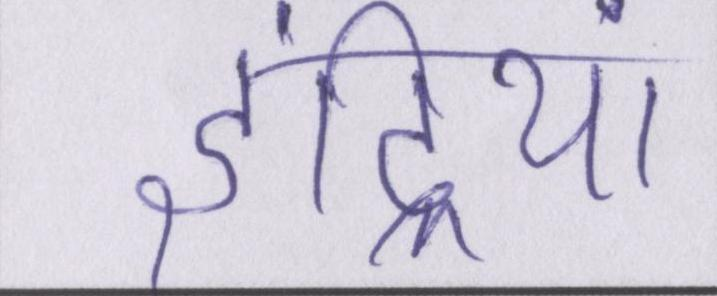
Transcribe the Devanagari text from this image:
इंद्रियां